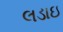
લડાઇ